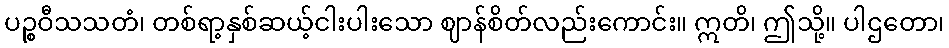
ပဉ္စဝီသသတံ၊ တစ်ရာ့နှစ်ဆယ့်ငါးပါးသော ဈာန်စိတ်လည်းကောင်း။ ဣတိ၊ ဤသို့။ ပါဌတော၊